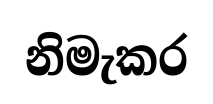
නිමැකර